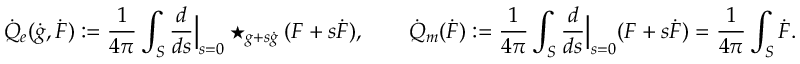
\dot { Q } _ { e } ( \dot { g } , \dot { F } ) : = \frac { 1 } { 4 \pi } \int _ { S } \frac { d } { d s } \Big \lvert _ { s = 0 } \star _ { g + s \dot { g } } ( F + s \dot { F } ) , \qquad \dot { Q } _ { m } ( \dot { F } ) : = \frac { 1 } { 4 \pi } \int _ { S } \frac { d } { d s } \Big \lvert _ { s = 0 } ( F + s \dot { F } ) = \frac { 1 } { 4 \pi } \int _ { S } \dot { F } .